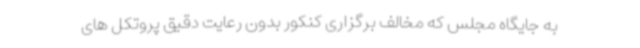
به جایگاه مجلس که مخالف برگزاری کنکور بدون رعایت دقیق پروتکل های